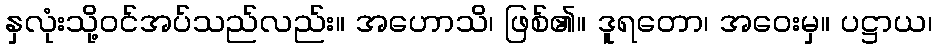
နှလုံးသို့ဝင်အပ်သည်လည်း။ အဟောသိ၊ ဖြစ်၏။ ဒူရတော၊ အဝေးမှ။ ပဋ္ဌာယ၊